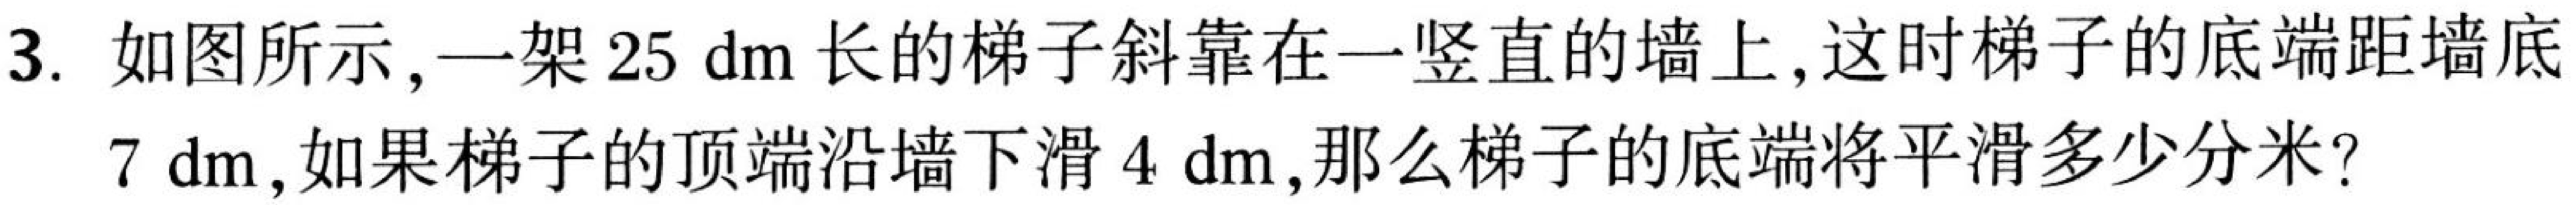
3. 如图所示,一架 \(25\mathrm{dm}\) 长的梯子斜靠在一竖直的墙上,这时梯子的底端距墙底 \(7\mathrm{dm}\),如果梯子的顶端沿墙下滑 \(4\mathrm{dm}\),那么梯子的底端将平滑多少分米?